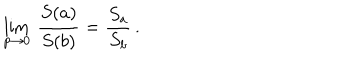
\lim _ { p \to 0 } \: \frac { S ( a ) } { S ( b ) } = \frac { S _ { a } } { S _ { b } } \, .